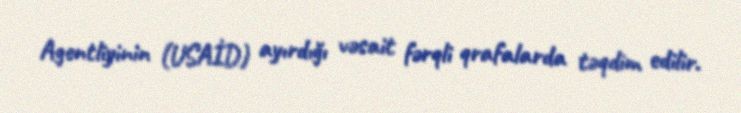
Agentliyinin (USAİD) ayırdığı vəsait fərqli qrafalarda təqdim edilir.